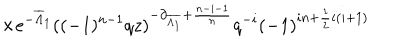
\hspace { 1 . 4 i n } \times e ^ { - \overline { { { \Lambda } } } _ { 1 } } ( ( - 1 ) ^ { n - 1 } q z ) ^ { - \partial _ { \overline { { { \Lambda _ { 1 } } } } } + \frac { n - i - 1 } { n } } q ^ { - i } ( - 1 ) ^ { i n + \frac { 1 } { 2 } i ( i + 1 ) }